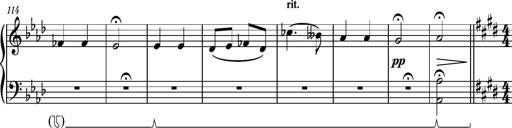
Title: Piano Sonatina No.6
Composer: Dimitri Sykias
Key: A major